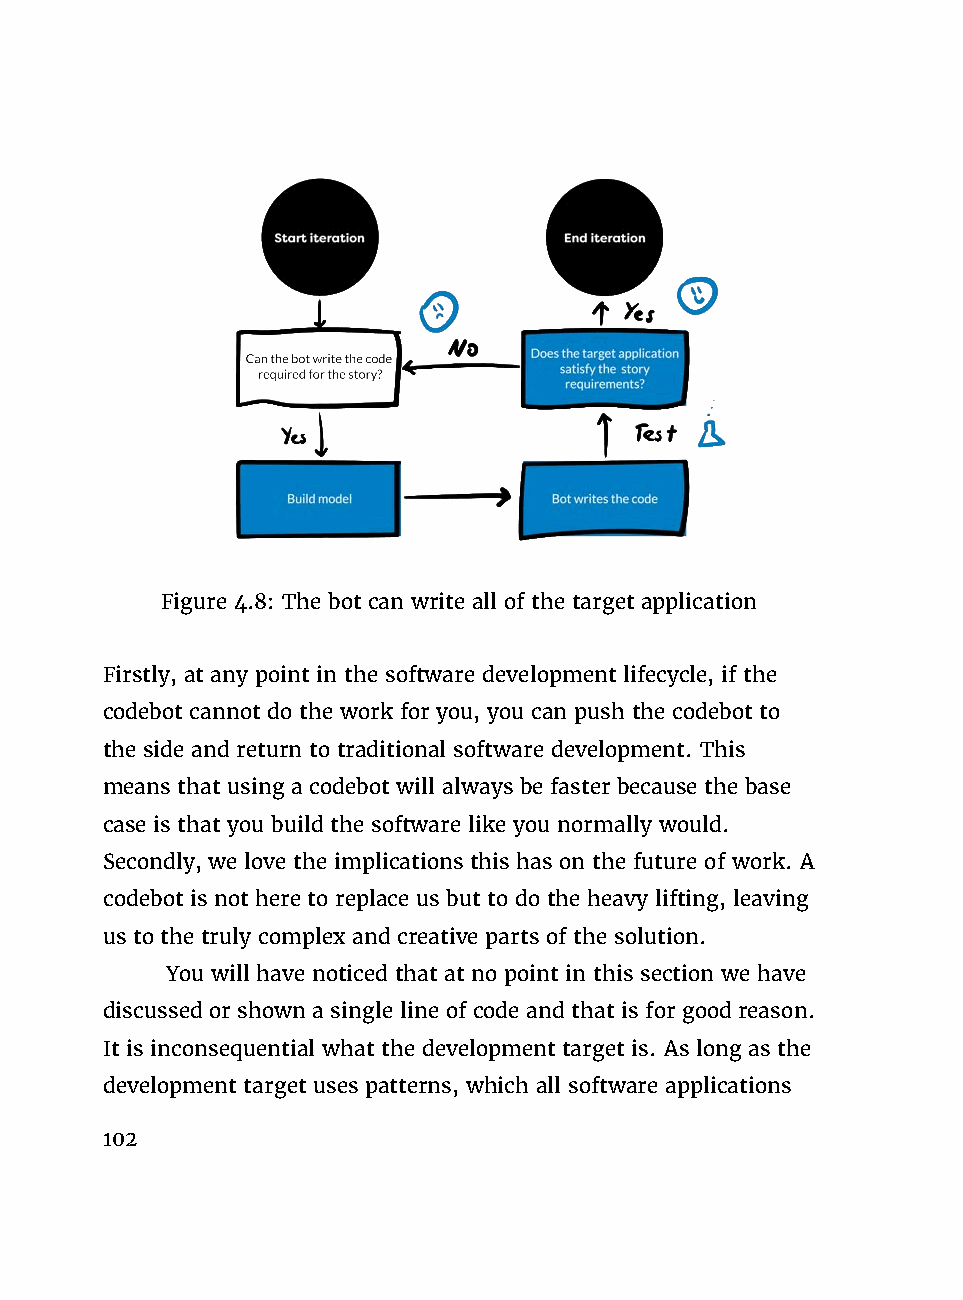
Figure 4.8: The bot can write all of the target application
 Firstly, at any point in the software development lifecycle, if the
 codebot cannot do the work for you, you can push the codebot to
 the side and return to traditional software development. This
 means that using a codebot will always be faster because the base
 case is that you build the software like you normally would.
 Secondly, we love the implications this has on the future of work. A
 codebot is not here to replace us but to do the heavy lifting, leaving
 us to the truly complex and creative parts of the solution.
 You will have noticed that at no point in this section we have
 discussed or shown a single line of code and that is for good reason.
 It is inconsequential what the development target is. As long as the
 development target uses patterns, which all software applications
 102